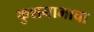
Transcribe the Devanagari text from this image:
कुशनाभाचा